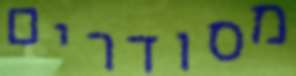
מסודרים